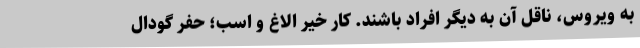
به ویروس، ناقل آن به دیگر افراد باشند. کار خیر الاغ و اسب؛ حفر گودال